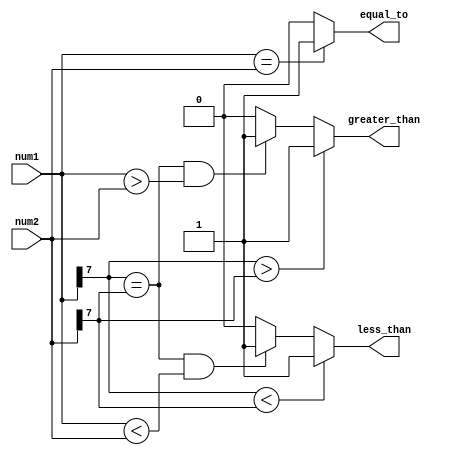
module Signed_Magnitude_Comparator(
    input signed [7:0] num1,
    input signed [7:0] num2,
    output greater_than,
    output equal_to,
    output less_than
);

assign greater_than = (num1[7] > num2[7]) ? 1 :
                      ((num1[7] == num2[7]) && (num1 > num2)) ? 1 : 0;
assign equal_to = (num1 == num2) ? 1 : 0;
assign less_than = (num1[7] < num2[7]) ? 1 :
                  ((num1[7] == num2[7]) && (num1 < num2)) ? 1 : 0;

endmodule